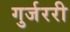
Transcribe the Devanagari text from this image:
गुर्जररी